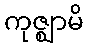
ကုဇ္ဈာမိ